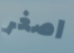
اصغر